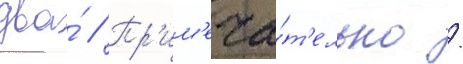
два́ // Пр'им'еча́т'ельно /